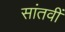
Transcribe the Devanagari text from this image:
सांतवीं